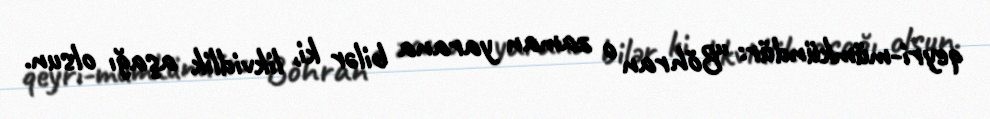
qeyri-mümkündür: “Böhran o zaman yarana bilər ki, likvidlik aşağı olsun.